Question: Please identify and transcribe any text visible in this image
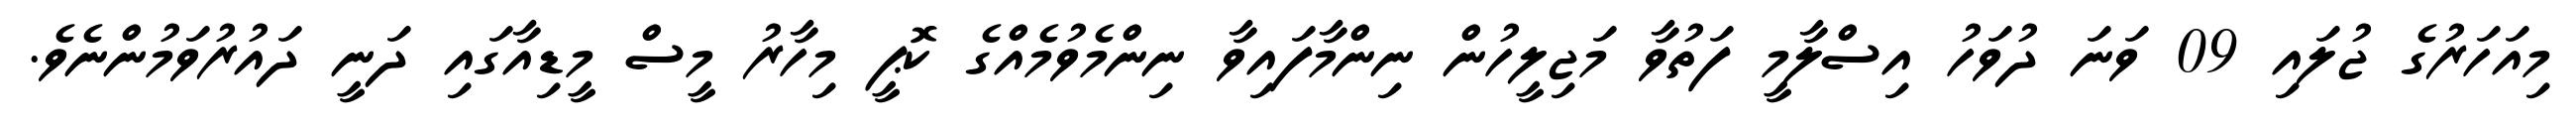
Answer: މިއަހަރުގެ ޖުލައި 09 ވަނަ ދުވަހު އިސްލާމީ ފަތުވާ މަޖިލީހުން ނިންމާފައިވާ ނިންމެވުމެއްގެ ކޮޕީ މިހާރު މީސް މީޑިއާގައި ދަނީ ދައުރުވަމުންނެވެ.